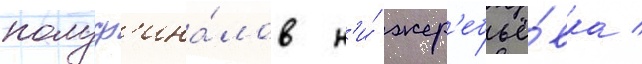
полуф'ина́лов н'и́ жер'ебьё́вка /